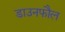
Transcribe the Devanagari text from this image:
डाउनफौल